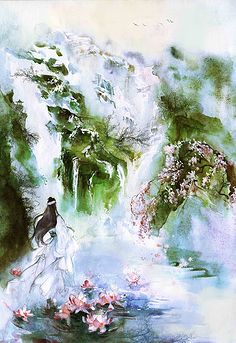
美人金梯出，素手自提筐。